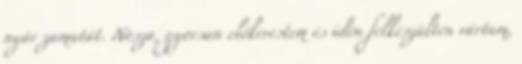
nyár zamatát. Nosza, gyorsan előkerestem és idén felkészülten vártam,